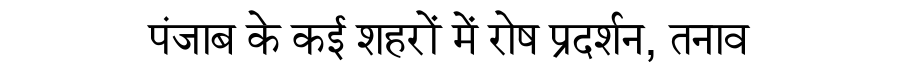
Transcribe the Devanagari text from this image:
पंजाब के कई शहरों में रोष प्रदर्शन, तनाव